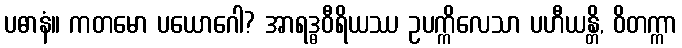
ပဓာနံ။ ကတမော ပယောဂေါ? အာရဒ္ဓဝီရိယဿ ဥပက္ကိလေသာ ပဟီယန္တိ, ဝိတက္ကာ